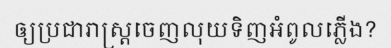
ឲ្យប្រជារាស្ត្រចេញលុយទិញអំពូលភ្លើង?